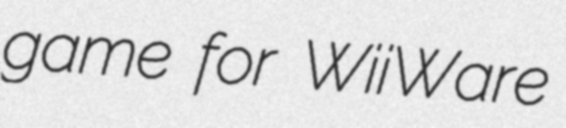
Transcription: game for WiiWare